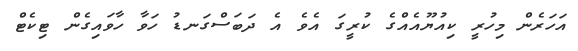
އަހަރެން މިހުރީ ކިއުޔޫއެއްގެ ކުރީގަ އެވެ އެ ދަބަސްގަނޑު ހަވާ ހާވައިގެން ޓިކެޓް